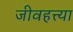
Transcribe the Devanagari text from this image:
जीवहत्त्या